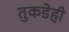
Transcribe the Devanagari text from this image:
तुकडेही